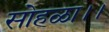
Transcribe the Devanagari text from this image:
सोहळा।।